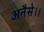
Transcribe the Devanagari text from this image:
अनैसे।।